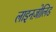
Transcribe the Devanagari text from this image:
लाइनज़ोलिड